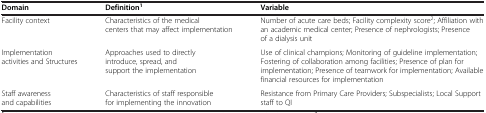
<table><thead><tr><td><b>Domain</b></td><td><b>Definition<sup>1</sup></b></td><td><b>Variable</b></td></tr></thead><tbody><tr><td>Facility context</td><td>Characteristics of the medical centers that may affect implementation</td><td>Number of acute care beds; Facility complexity score<sup>2</sup>; Affiliation with an academic medical center; Presence of nephrologists; Presence of a dialysis unit</td></tr><tr><td>Implementation activities and Structures</td><td>Approaches used to directly introduce, spread, and support the implementation</td><td>Use of clinical champions; Monitoring of guideline implementation; Fostering of collaboration among facilities; Presence of plan for implementation; Presence of teamwork for implementation; Available financial resources for implementation</td></tr><tr><td>Staff awareness and capabilities</td><td>Characteristics of staff responsible for implementing the innovation</td><td>Resistance from Primary Care Providers; Subspecialists; Local Support staff to QI</td></tr></tbody></table>